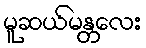
မူဆယ်မန္တလေး